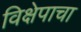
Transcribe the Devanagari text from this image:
विक्षेपाचा